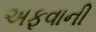
અફવાની